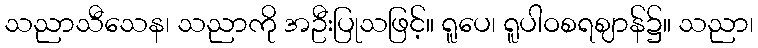
သညာသီသေန၊ သညာကို အဦးပြုသဖြင့်။ ရူပေ၊ ရူပါဝစရဈာန်၌။ သညာ၊